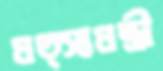
মত্স্যমন্ত্রী